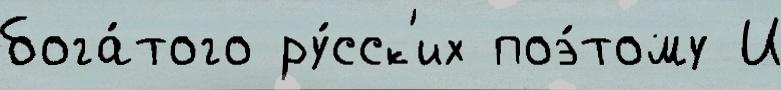
бога́того ру́сск'их поэ́тому И